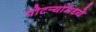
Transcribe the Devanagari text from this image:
पोटर्‍यांमध्ये